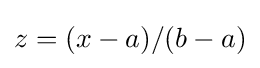
z=(x-a)/(b-a)